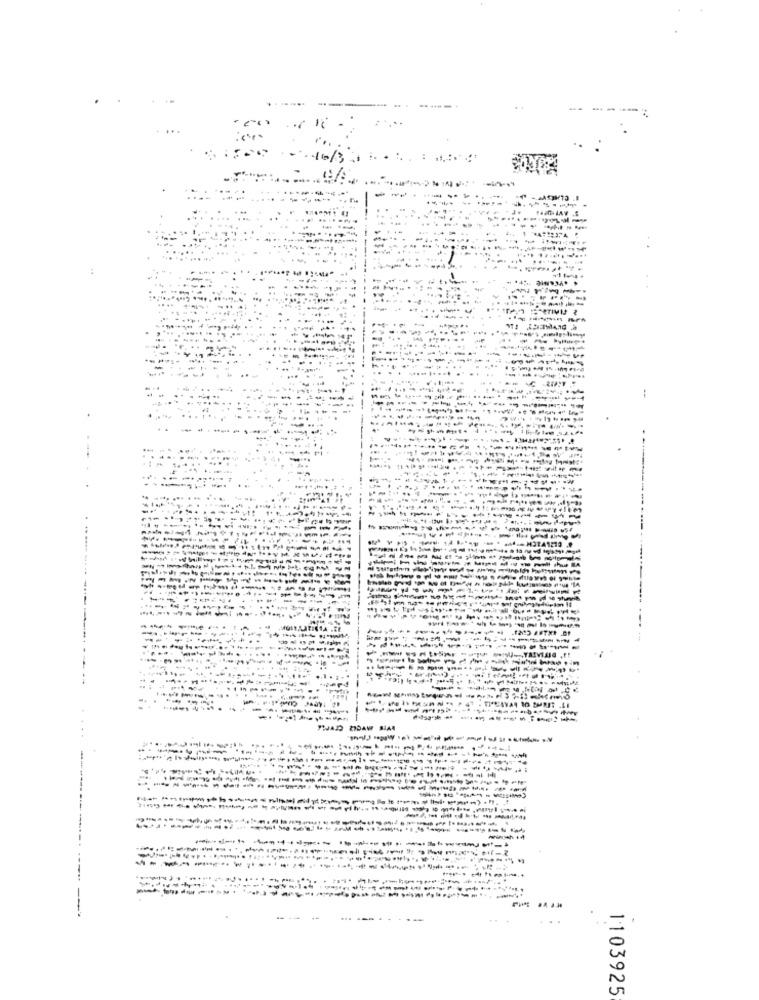
:
--------
...
...
---------
------.
wirh+4
-
1103925